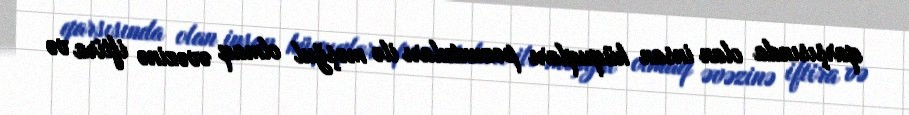
qarşısında olan insan hüquqları pozuntuları ilə məşğul olmaq əvəzinə iftira və